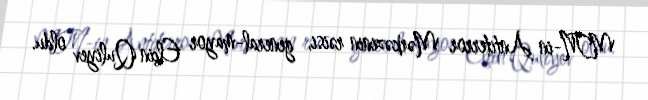
MTN-in Antiterror Mərkəzinin rəisi, general-mayor Elçin Quliyev oldu.